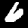
Label: 6